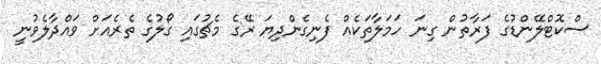
ސްކޮޓްލޭންޑުގެ ފަރާތުން ގިނަ ހަމަލާތަކެއް ފެނިގެންދިޔަ ރޭގެ މެޗުގައި ގޯލުގެ ތެރެއަށް ވައްދާލެވުނީ